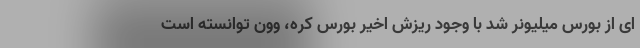
ای از بورس میلیونر شد با وجود ریزش اخیر بورس کره، وون توانسته است